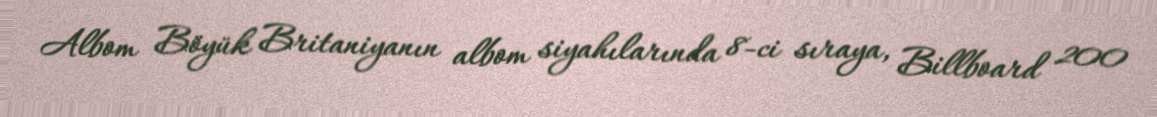
Albom Böyük Britaniyanın albom siyahılarında 8-ci sıraya, Billboard 200